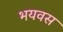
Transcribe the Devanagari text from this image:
भयवस